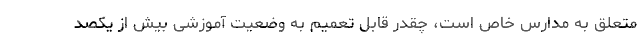
متعلق به مدارس خاص است، چقدر قابل تعمیم به وضعیت آموزشی بیش از یکصد